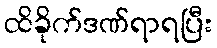
ထိခိုက်ဒဏ်ရာရပြီး